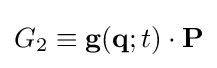
{\textstyle G_{2}\equiv \mathbf {g} (\mathbf {q} ;t)\cdot \mathbf {P} }